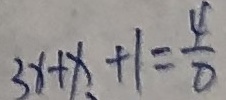
3 x + x + 1 = \frac { 4 } { 0 }